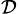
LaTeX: _{\mathcal{D}}